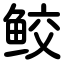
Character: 鲛